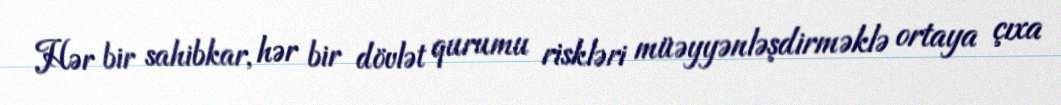
Hər bir sahibkar, hər bir dövlət qurumu riskləri müəyyənləşdirməklə ortaya çıxa